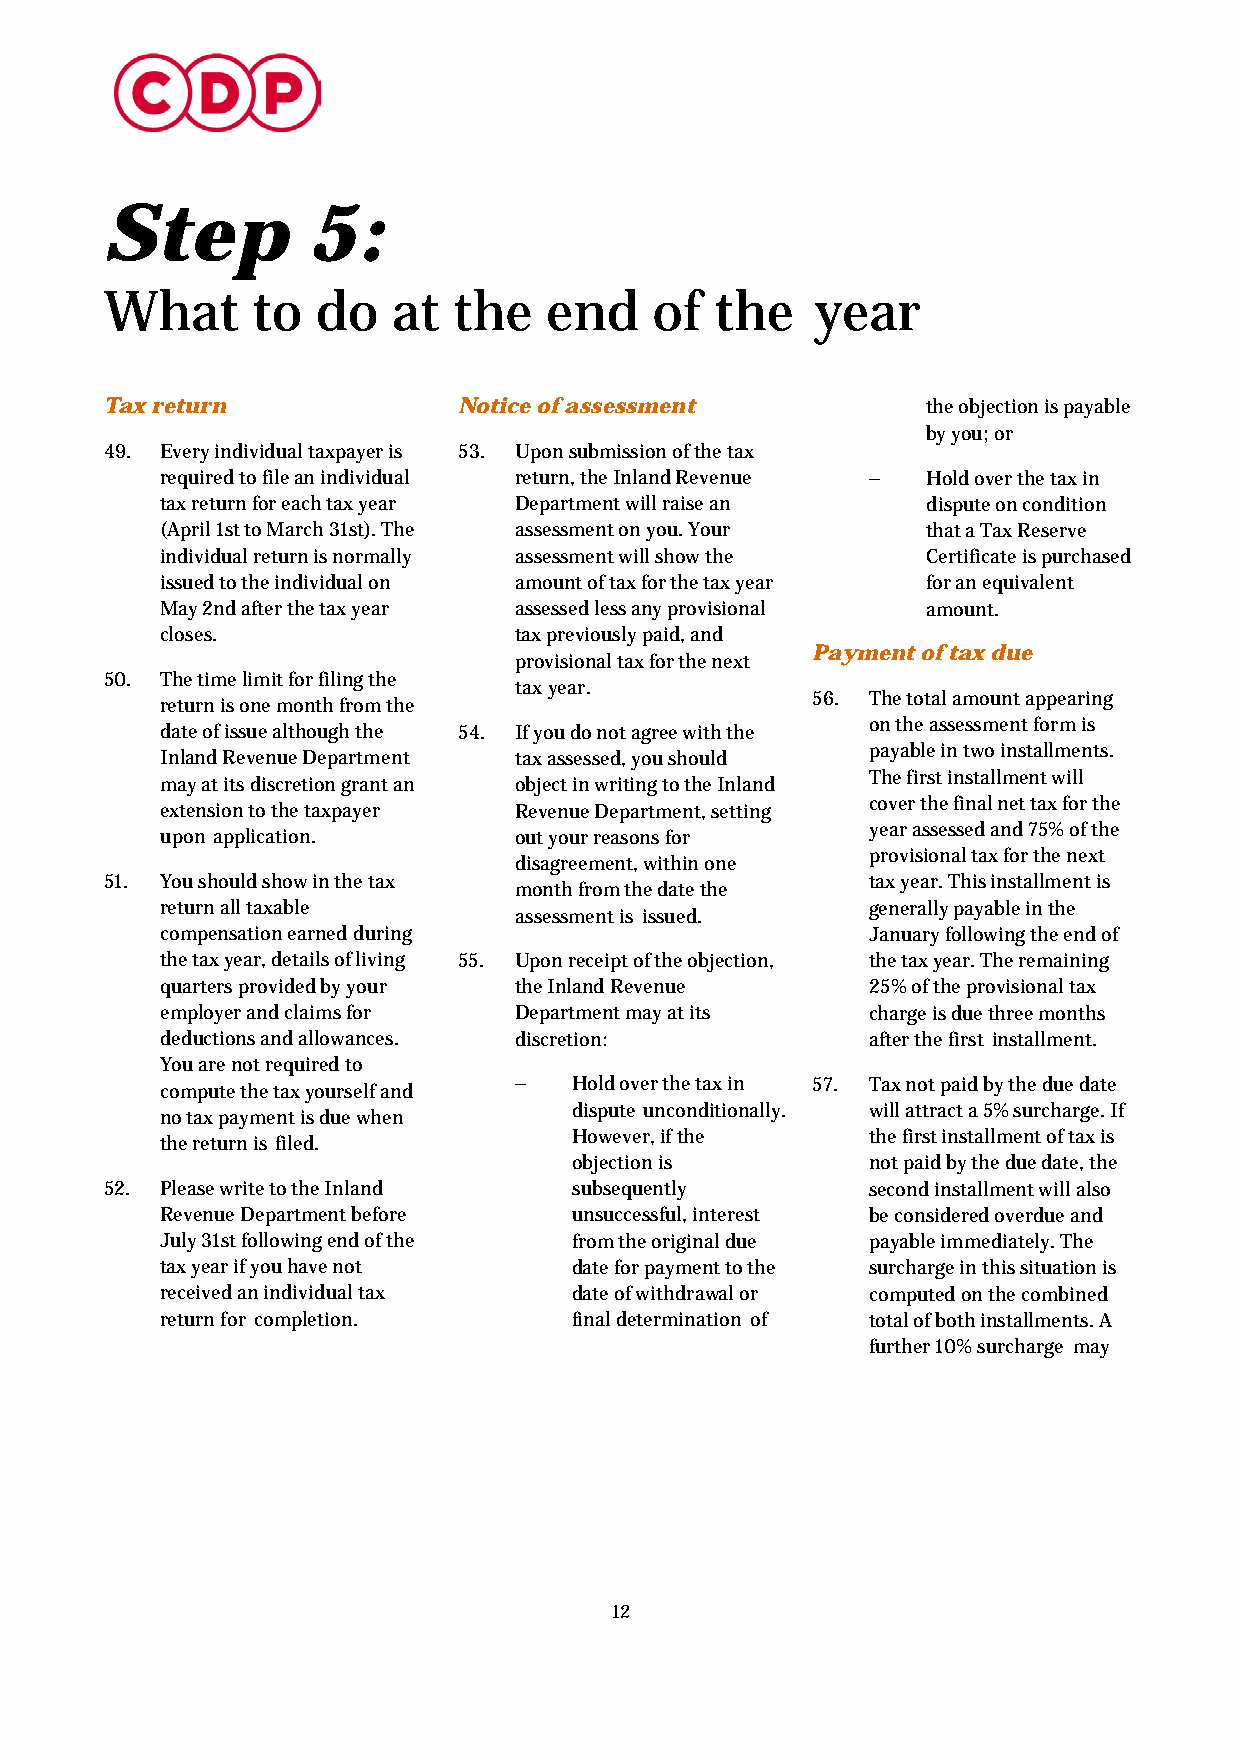
Step         5:
 What      to  do   at  the   end    of  the    year
 Tax return             Notice of assessment           the objection is payable
 by you; or
 49. Every individual taxpayer is 53. Upon submission of the tax
 required to file an individual return, the Inland Revenue – Hold over the tax in
 tax return for each tax year Department will raise an dispute on condition
 (April 1st to March 31st). The assessment on you. Your that a Tax Reserve
 individual return is normally assessment will show the Certificate is purchased
 issued to the individual on amount of tax for the tax year for an equivalent
 May 2nd after the tax year assessed less any provisional amount.
 closes.                tax previously paid, and
 Payment of tax due
 provisional tax for the next
 50. The time limit for filing the
 tax year.
 56. The total amount appearing
 return is one month from the
 on the assessment form is
 date of issue although the 54. If you do not agree with the
 payable in two installments.
 Inland Revenue Department tax assessed, you should
 The first installment will
 may at its discretion grant an object in writing to the Inland
 cover the final net tax for the
 extension to the taxpayer Revenue Department, setting
 year assessed and 75% of the
 upon application.      out your reasons for
 provisional tax for the next
 disagreement, within one
 51. You should show in the tax                     tax year. This installment is
 month from the date the
 return all taxable                             generally payable in the
 assessment is issued.
 compensation earned during                     January following the end of
 the tax year, details of living 55. Upon receipt of the objection, the tax year. The remaining
 quarters provided by your the Inland Revenue   25% of the provisional tax
 employer and claims for Department may at its  charge is due three months
 deductions and allowances. discretion:         after the first installment.
 You are not required to
 –   Hold over the tax in 57. Tax not paid by the due date
 compute the tax yourself and
 dispute unconditionally. will attract a 5% surcharge. If
 no tax payment is due when
 However, if the     the first installment of tax is
 the return is filed.
 objection is        not paid by the due date, the
 52. Please write to the Inland subsequently        second installment will also
 Revenue Department before  unsuccessful, interest be considered overdue and
 July 31st following end of the from the original due payable immediately. The
 tax year if you have not   date for payment to the surcharge in this situation is
 received an individual tax date of withdrawal or computed on the combined
 return for completion.     final determination of total of both installments. A
 further 10% surcharge may
 12